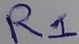
Text: R1